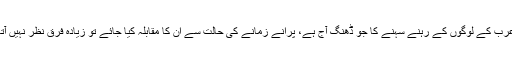
عرب کے لوگوں کے رہنے سہنے کا جو ڈھنگ آج ہے، پرانے زمانے کی حالت سے ان کا مقابلہ کیا جائے تو زیادہ فرق نظر نہیں آتا۔